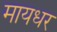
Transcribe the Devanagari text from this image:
मायधर